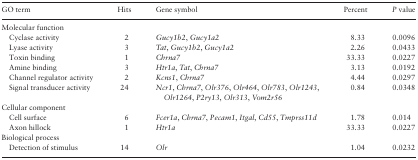
<table><thead><tr><td><b>GO term</b></td><td><b>Hits</b></td><td><b>Gene symbol</b></td><td><b>Percent</b></td><td><b><i>P</i> value</b></td></tr></thead><tbody><tr><td colspan="5">Molecular function</td></tr><tr><td>Cyclase activity</td><td>2</td><td><i>Gucy1b2</i>, <i>Gucy1a2</i></td><td>8.33</td><td>0.0096</td></tr><tr><td>Lyase activity</td><td>3</td><td><i>Tat</i>, <i>Gucy1b2</i>, <i>Gucy1a2</i></td><td>2.26</td><td>0.0433</td></tr><tr><td>Toxin binding</td><td>1</td><td><i>Chrna7</i></td><td>33.33</td><td>0.0227</td></tr><tr><td>Amine binding</td><td>3</td><td><i>Htr1a</i>, <i>Tat</i>, <i>Chrna7</i></td><td>3.13</td><td>0.0192</td></tr><tr><td>Channel regulator activity</td><td>2</td><td><i>Kcns1</i>, <i>Chrna7</i></td><td>4.44</td><td>0.0297</td></tr><tr><td>Signal transducer activity</td><td>24</td><td><i>Ncr1</i>, <i>Chrna7</i>, <i>Olr376</i>, <i>Olr464</i>, <i>Olr783</i>, <i>Olr1243</i>, <i>Olr1264</i>, <i>P2ry13</i>, <i>Olr313</i>, <i>Vom2r56</i></td><td>0.84</td><td>0.0348</td></tr><tr><td colspan="5">Cellular component</td></tr><tr><td>Cell surface</td><td>6</td><td><i>Fcer1a</i>, <i>Chrna7</i>, <i>Pecam1</i>, <i>Itgal</i>, <i>Cd55</i>, <i>Tmprss11d</i></td><td>1.78</td><td>0.014</td></tr><tr><td>Axon hillock</td><td>1</td><td><i>Htr1a</i></td><td>33.33</td><td>0.0227</td></tr><tr><td colspan="5">Biological process</td></tr><tr><td>Detection of stimulus</td><td>14</td><td><i>Olr</i></td><td>1.04</td><td>0.0232</td></tr></tbody></table>